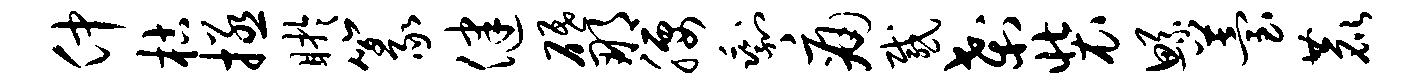
仲枯拯盱篆健砥那腰剩痛感刹装鲧苔鹿